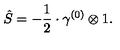
\hat { S } = - \frac { 1 } { 2 } \cdot \gamma ^ { ( 0 ) } \otimes 1 .